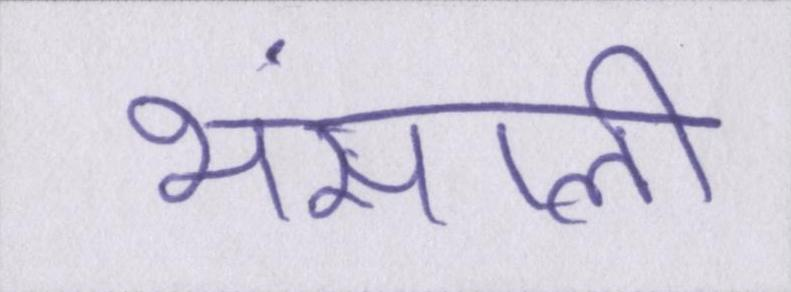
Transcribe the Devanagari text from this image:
भंसाली